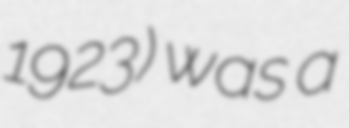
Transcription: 1923) was a